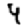
Digit: 4